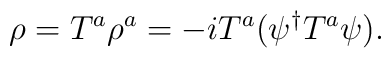
\rho={ T}^a \rho^a=-i{ T}^a(\psi^\dagger { T}^a\psi).